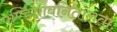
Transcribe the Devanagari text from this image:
पण्डितावनितालताः